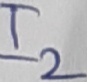
Text: I2